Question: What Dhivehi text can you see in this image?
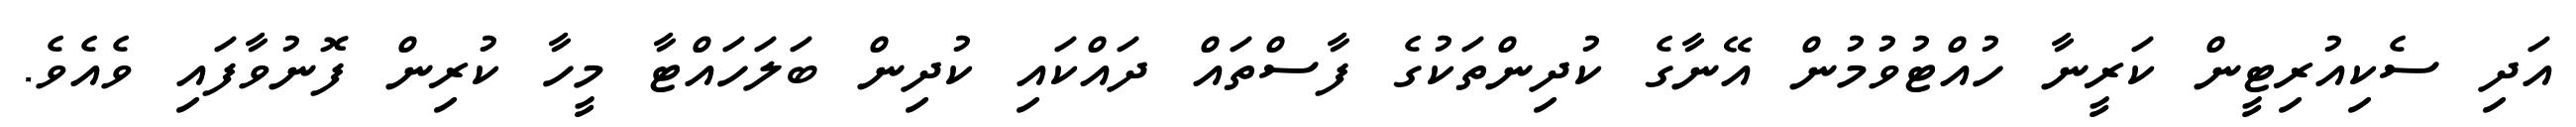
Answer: އަދި ސެކިއުރިޓީން ކަރީނާ ހުއްޓުވުމުން އޭނާގެ ކުދިންތަކުގެ ފާސްތައް ދައްކައި ކުދިން ބަލަހައްޓާ މީހާ ކުރިން ފޮނުވާފައި ވެއެވެ.